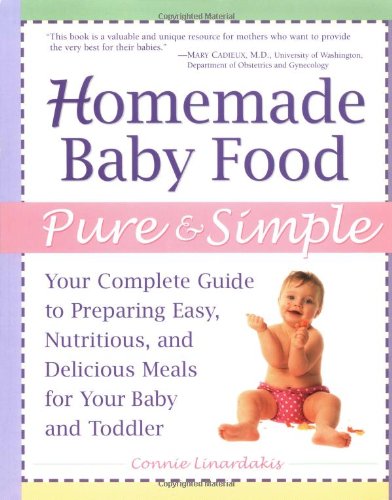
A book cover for Homemade Baby Food Pure and Simple: Your Complete Guide to Preparing Easy, Nutritious, and Delicious Meals for Your Baby and Toddler; Connie Linardakis; Cookbooks, Food & Wine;